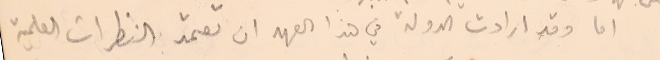
اما وقد ارادت الدولة في هذا العهد ان تعتمد النظرات العلمية